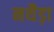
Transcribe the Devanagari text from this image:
नथैड़ा